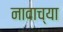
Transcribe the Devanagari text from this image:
नावाच्‍या